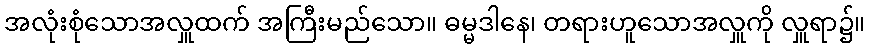
အလုံးစုံသောအလှူထက် အကြီးမည်သော။ ဓမ္မဒါနေ၊ တရားဟူသောအလှူကို လှူရာ၌။